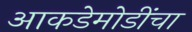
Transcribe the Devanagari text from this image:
आकडेमोडींचा